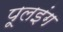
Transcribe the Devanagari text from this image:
पूलइंग